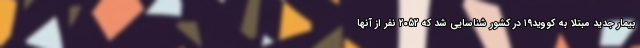
بیمار جدید مبتلا به کووید۱۹ در کشور شناسایی شد که ۲۰۵۲ نفر از آنها